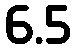
6.5